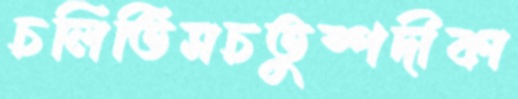
চলিতিসচতুষ্পদীকা